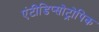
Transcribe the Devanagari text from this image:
एंटीडिप्सोट्रोपिक